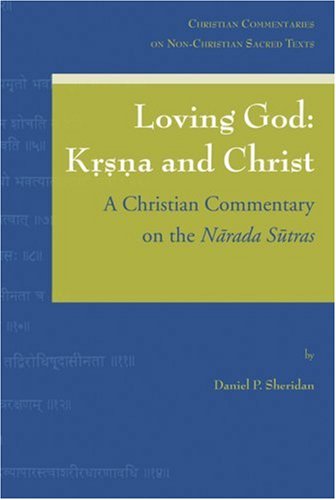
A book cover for Loving God: Krsna and Christ: A Christian Commentary on the Marada Sutras (Christian Commentaries on Non-Christian Texts); Daniel P. Sheridan; Religion & Spirituality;